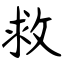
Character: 救